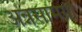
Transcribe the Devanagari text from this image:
अन्नसामग्री